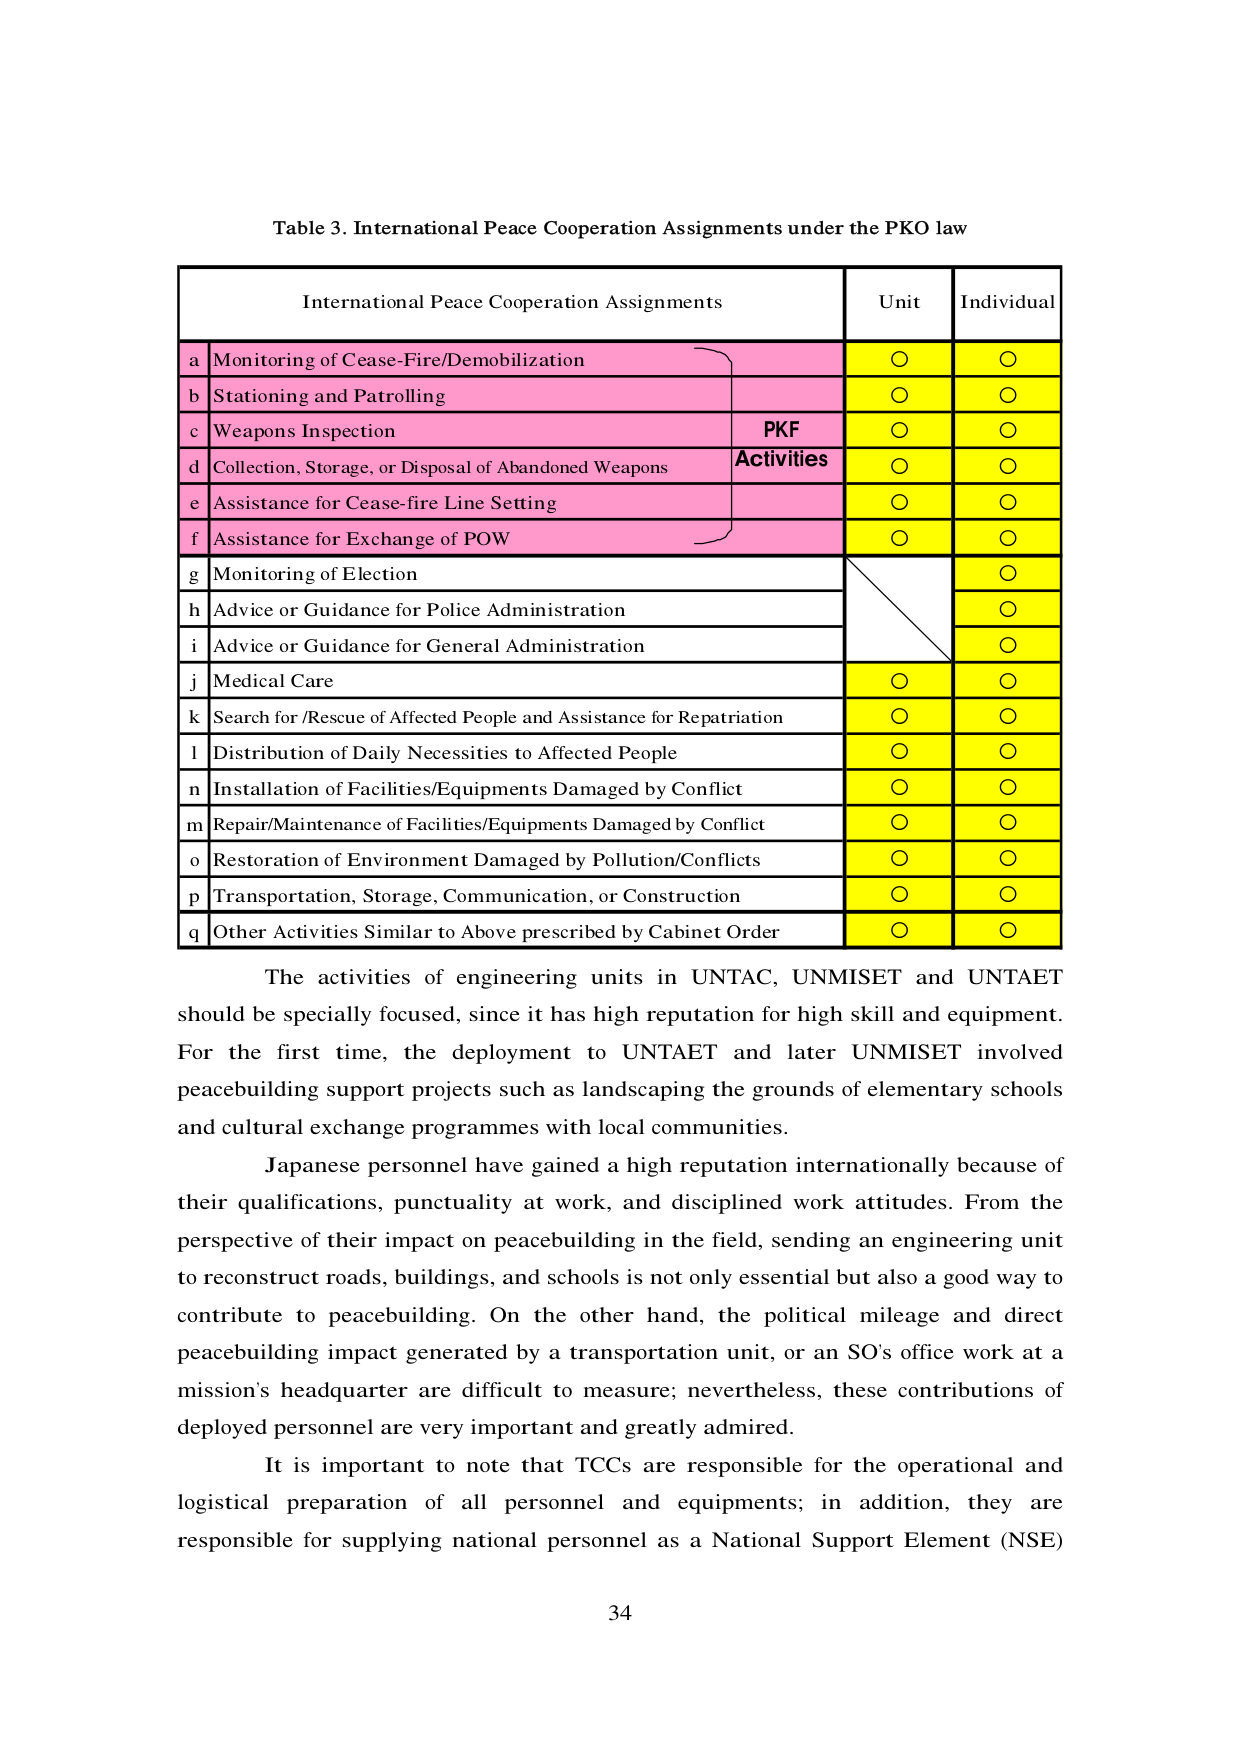
Table 3. International Peace Cooperation Assignments under the PKO law

International Peace Cooperation Assignments	Unit	Individual
a	Monitoring of Cease-Fire/Demobilization	○	○
b	Stationing and Patrolling	○	○
c	Weapons Inspection	PKF	○	○
d	Collection, Storage, or Disposal of Abandoned Weapons	Activities	○	○
e	Assistance for Cease-fire Line Setting	○	○
f	Assistance for Exchange of POW	○	○
g	Monitoring of Election	○
h	Advice or Guidance for Police Administration	○
i	Advice or Guidance for General Administration	○
j	Medical Care	○	○
k	Search for /Rescue of Affected People and Assistance for Repatriation	○	○
l	Distribution of Daily Necessities to Affected People	○	○
n	Installation of Facilities/Equipments Damaged by Conflict	○	○
m	Repair/Maintenance of Facilities/Equipments Damaged by Conflict	○	○
o	Restoration of Environment Damaged by Pollution/Conflicts	○	○
p	Transportation, Storage, Communication, or Construction	○	○
q	Other Activities Similar to Above prescribed by Cabinet Order	○	○

The activities of engineering units in UNTAC, UNMISET and UNTAET should be specially focused, since it has high reputation for high skill and equipment. For the first time, the deployment to UNTAET and later UNMISET involved peacebuilding support projects such as landscaping the grounds of elementary schools and cultural exchange programmes with local communities.

Japanese personnel have gained a high reputation internationally because of their qualifications, punctuality at work, and disciplined work attitudes. From the perspective of their impact on peacebuilding in the field, sending an engineering unit to reconstruct roads, buildings, and schools is not only essential but also a good way to contribute to peacebuilding. On the other hand, the political mileage and direct peacebuilding impact generated by a transportation unit, or an SO's office work at a mission's headquarter are difficult to measure; nevertheless, these contributions of deployed personnel are very important and greatly admired.

It is important to note that TCCs are responsible for the operational and logistical preparation of all personnel and equipments; in addition, they are responsible for supplying national personnel as a National Support Element (NSE)

34